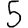
Digit: 5